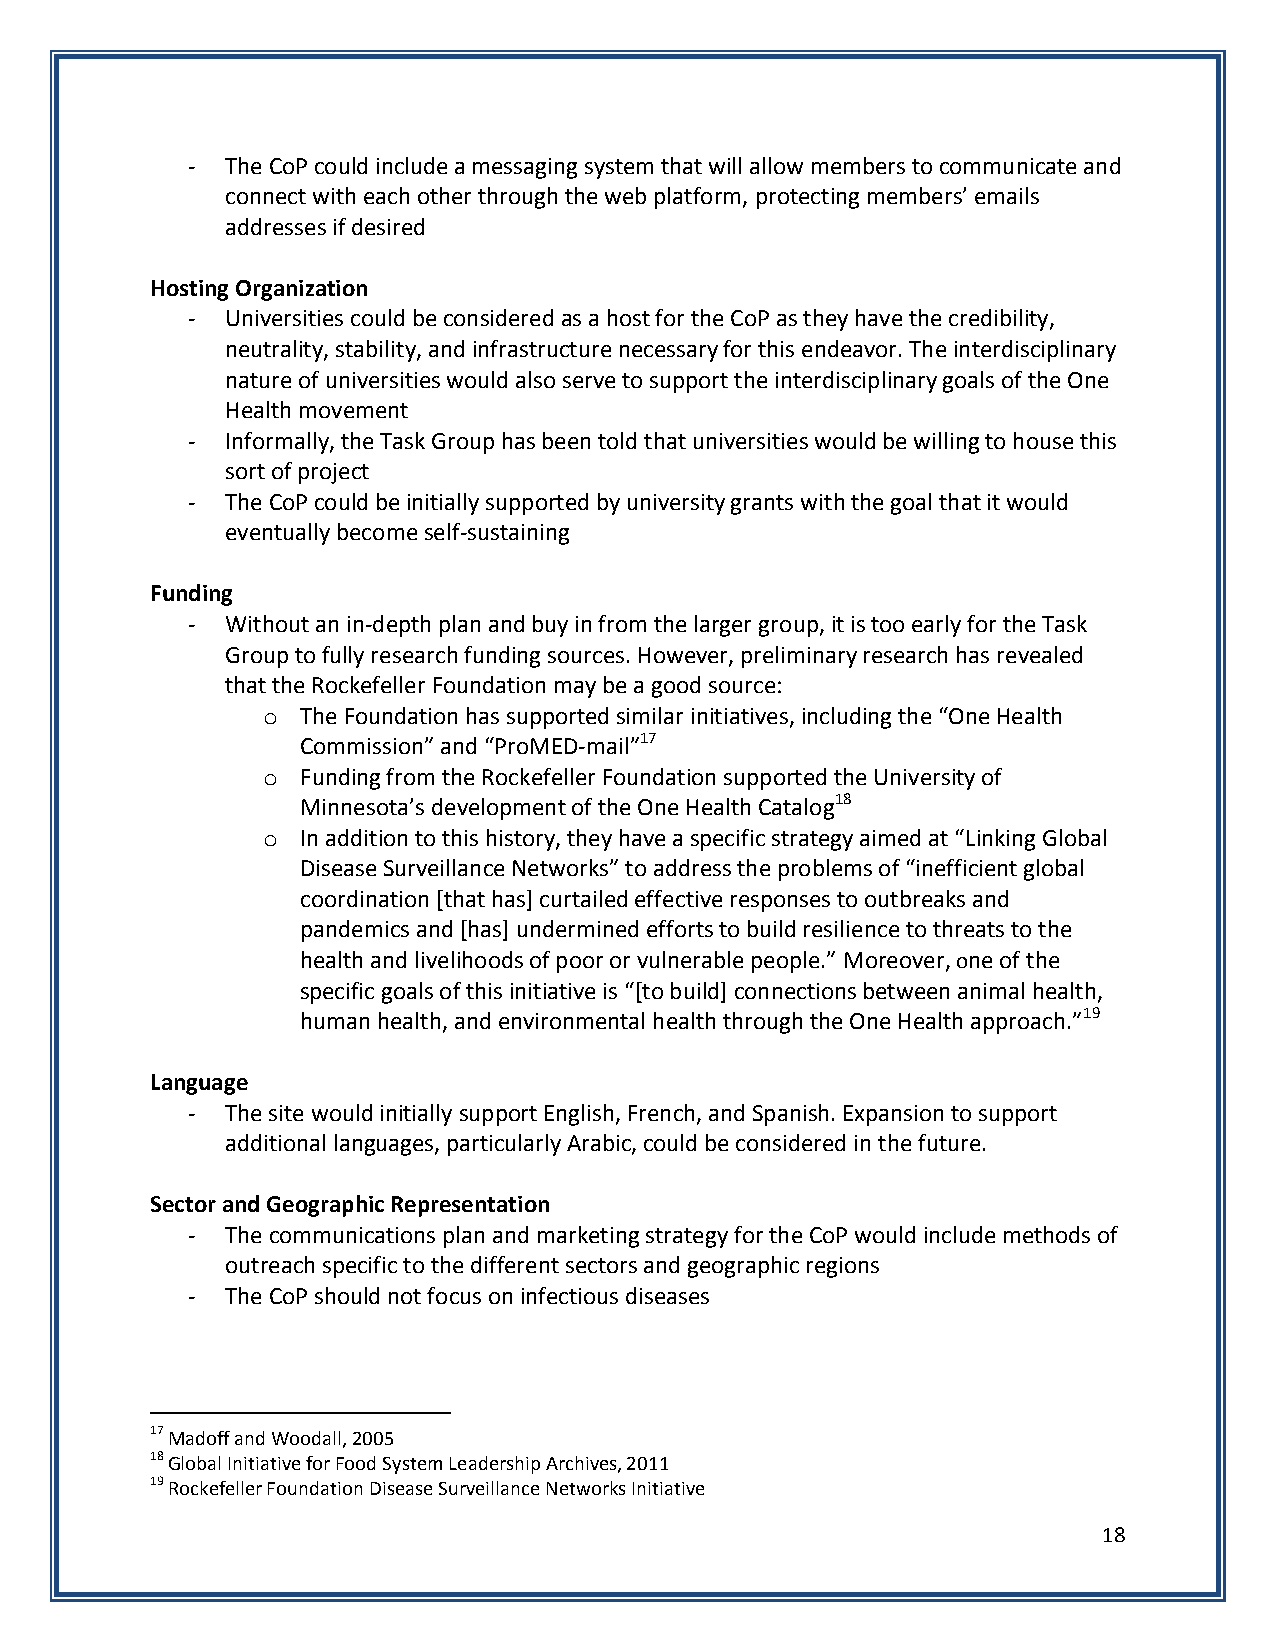
-  The CoP could include a messaging system that will allow members to communicate and
 connect with each other through the web platform, protecting members’ emails
 addresses if desired
 Hosting Organization
 -  Universities could be considered as a host for the CoP as they have the credibility,
 neutrality, stability, and infrastructure necessary for this endeavor. The interdisciplinary
 nature of universities would also serve to support the interdisciplinary goals of the One
 Health movement
 -  Informally, the Task Group has been told that universities would be willing to house this
 sort of project
 -  The CoP could be initially supported by university grants with the goal that it would
 eventually become self-sustaining
 Funding
 -  Without an in-depth plan and buy in from the larger group, it is too early for the Task
 Group to fully research funding sources. However, preliminary research has revealed
 that the Rockefeller Foundation may be a good source:
 o  The Foundation has supported similar initiatives, including the “One Health
 Commission” and “ProMED-mail”17
 o  Funding from the Rockefeller Foundation supported the University of
 Minnesota’s development of the One Health Catalog18
 o  In addition to this history, they have a specific strategy aimed at “Linking Global
 Disease Surveillance Networks” to address the problems of “inefficient global
 coordination [that has] curtailed effective responses to outbreaks and
 pandemics and [has] undermined efforts to build resilience to threats to the
 health and livelihoods of poor or vulnerable people.” Moreover, one of the
 specific goals of this initiative is “[to build] connections between animal health,
 human health, and environmental health through the One Health approach.”19
 Language
 -  The site would initially support English, French, and Spanish. Expansion to support
 additional languages, particularly Arabic, could be considered in the future.
 Sector and Geographic Representation
 -  The communications plan and marketing strategy for the CoP would include methods of
 outreach specific to the different sectors and geographic regions
 -  The CoP should not focus on infectious diseases
 17 Madoff and Woodall, 2005
 18 Global Initiative for Food System Leadership Archives, 2011
 19 Rockefeller Foundation Disease Surveillance Networks Initiative
 18